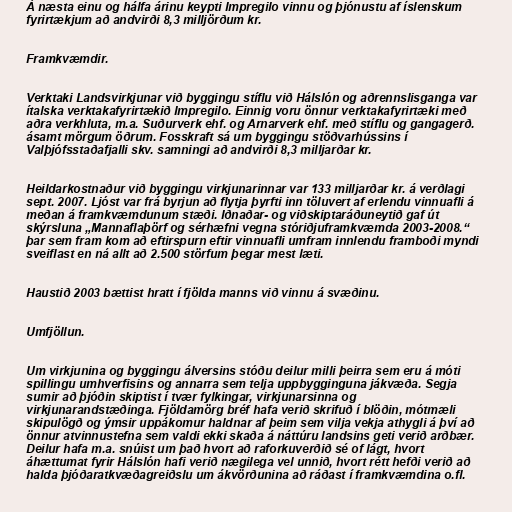
Á næsta einu og hálfa árinu keypti Impregilo vinnu og þjónustu af íslenskum
fyrirtækjum að andvirði 8,3 milljörðum kr.

Framkvæmdir.

Verktaki Landsvirkjunar við byggingu stíflu við Hálslón og aðrennslisganga var
ítalska verktakafyrirtækið Impregilo. Einnig voru önnur verktakafyrirtæki með
aðra verkhluta, m.a. Suðurverk ehf. og Arnarverk ehf. með stíflu og gangagerð.
ásamt mörgum öðrum. Fosskraft sá um byggingu stöðvarhússins í
Valþjófsstaðafjalli skv. samningi að andvirði 8,3 milljarðar kr.

Heildarkostnaður við byggingu virkjunarinnar var 133 milljarðar kr. á verðlagi
sept. 2007. Ljóst var frá byrjun að flytja þyrfti inn töluvert af erlendu vinnuafli á
meðan á framkvæmdunum stæði. Iðnaðar- og viðskiptaráðuneytið gaf út
skýrsluna „Mannaflaþörf og sérhæfni vegna stóriðjuframkvæmda 2003-2008.“
þar sem fram kom að eftirspurn eftir vinnuafli umfram innlendu framboði myndi
sveiflast en ná allt að 2.500 störfum þegar mest læti.

Haustið 2003 bættist hratt í fjölda manns við vinnu á svæðinu.

Umfjöllun.

Um virkjunina og byggingu álversins stóðu deilur milli þeirra sem eru á móti
spillingu umhverfisins og annarra sem telja uppbygginguna jákvæða. Segja
sumir að þjóðin skiptist í tvær fylkingar, virkjunarsinna og
virkjunarandstæðinga. Fjöldamörg bréf hafa verið skrifuð í blöðin, mótmæli
skipulögð og ýmsir uppákomur haldnar af þeim sem vilja vekja athygli á því að
önnur atvinnustefna sem valdi ekki skaða á náttúru landsins geti verið arðbær.
Deilur hafa m.a. snúist um það hvort að raforkuverðið sé of lágt, hvort
áhættumat fyrir Hálslón hafi verið nægilega vel unnið, hvort rétt hefði verið að
halda þjóðaratkvæðagreiðslu um ákvörðunina að ráðast í framkvæmdina o.fl.